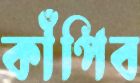
কাঁপিব